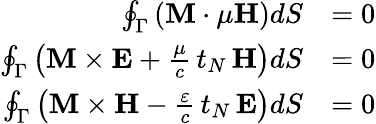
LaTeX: {\begin{array}{rl}{\oint_{\Gamma}\left(\mathbf{M}\cdot\mu\mathbf{H}\right)dS}&{=0}\\ {\oint_{\Gamma}\left(\mathbf{M}\times\mathbf{E}+{\frac{\mu}{c}}\, t_{N}\, \mathbf{H}\right)dS}&{=0}\\ {\oint_{\Gamma}\left(\mathbf{M}\times\mathbf{H}-{\frac{\varepsilon}{c}}\, t_{N}\, \mathbf{E}\right)dS}&{=0}\end{array}}